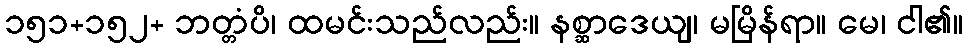
၁၅၁+၁၅၂+ ဘတ္တံပိ၊ ထမင်းသည်လည်း။ နစ္ဆာဒေယျ၊ မမြိန်ရာ။ မေ၊ ငါ၏။